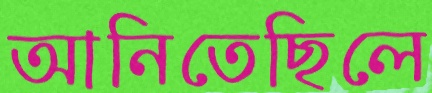
আনিতেছিলে